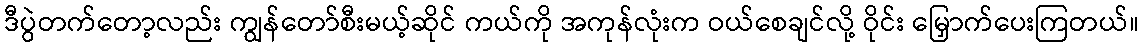
ဒီပွဲတက်တော့လည်း ကျွန်တော်စီးမယ့်ဆိုင် ကယ်ကို အကုန်လုံးက ဝယ်စေချင်လို့ ဝိုင်း မြှောက်ပေးကြတယ်။